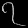
Digit: ၇